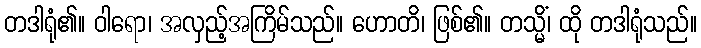
တဒါရုံ၏။ ဝါရော၊ အလှည့်အကြိမ်သည်။ ဟောတိ၊ ဖြစ်၏။ တသ္မိံ၊ ထို တဒါရုံသည်။